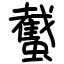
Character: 䘁